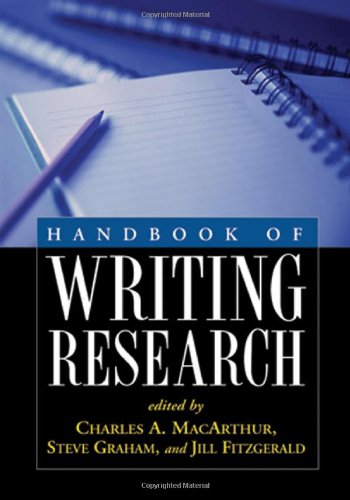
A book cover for Handbook of Writing Research, First Edition; Medical Books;